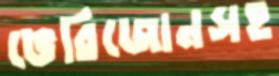
ভেরিজোনসহ